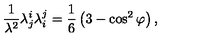
\frac { 1 } { \lambda ^ { 2 } } \lambda _ { j } ^ { i } \lambda _ { i } ^ { j } = \frac { 1 } { 6 } \left( 3 - \cos ^ { 2 } { \varphi } \right) ,